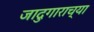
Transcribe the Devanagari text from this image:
जादुगाराच्या